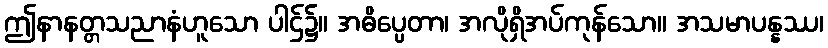
ဤနာနတ္တသညာနံဟူသော ပါဌ်၌။ အဓိပ္ပေတာ၊ အလိုရှိအပ်ကုန်သော။ အသမာပန္နဿ၊